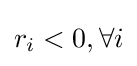
r_{i}<0,\forall {i}